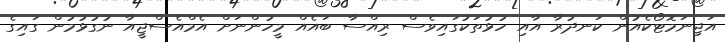
އަޖިނަމޮޓޯކެއުން ކަނދުރާ އާއި ހުޅުތަކުގައިވެސް ރިއްސާ ބައެއް މީހުންނަށް އެމްއެސްޖީއާ ނުގުޅުމުން ގައިގެ